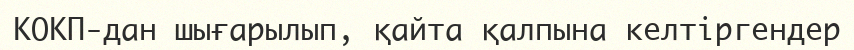
КОКП-дан шығарылып, қайта қалпына келтіргендер